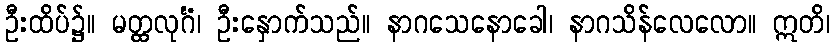
ဦးထိပ်၌။ မတ္ထလုင်္ဂံ၊ ဦးနှောက်သည်။ နာဂသေနောခေါ၊ နာဂသိန်လေလော။ ဣတိ၊